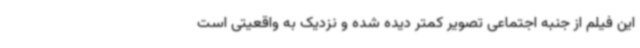
این فیلم از جنبه اجتماعی تصویر کمتر دیده شده و نزدیک به واقعیتی است